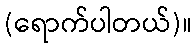
(ရောက်ပါတယ်)။